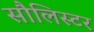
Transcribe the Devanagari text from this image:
सौलिस्टर